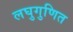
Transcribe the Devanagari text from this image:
लघुगुणित